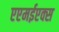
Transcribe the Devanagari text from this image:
एएमईएक्स